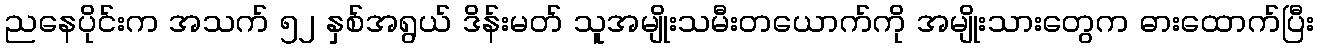
ညနေပိုင်းက အသက် ၅၂ နှစ်အရွယ် ဒိန်းမတ် သူအမျိုးသမီးတယောက်ကို အမျိုးသားတွေက ဓားထောက်ပြီး